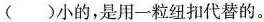
()小的，是用一粒纽扣代替的。